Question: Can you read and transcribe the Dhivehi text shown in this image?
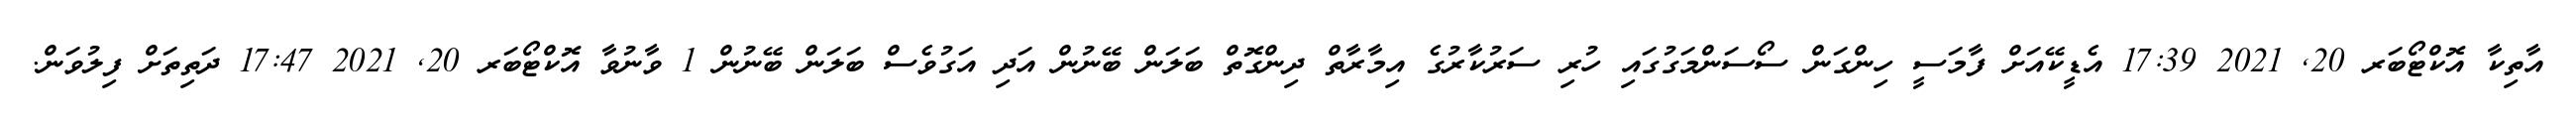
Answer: އާތިކާ އޮކްޓޯބަރ 20, 2021 17:39 އެޑީކޭއަށް ފާމަސީ ހިންގަން ސޯސަންމަގުގައި ހުރި ސަރުކާރުގެ އިމާރާތް ދިންގޮތް ބަލަން ބޭނުން އަދި އަގުވެސް ބަލަން ބޭނުން 1 ވާނުވާ އޮކްޓޯބަރ 20, 2021 17:47 ދަތިތަށް ފިލުވަން.